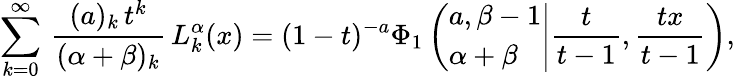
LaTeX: \begin{array}{l}{\displaystyle\sum_{k=0}^{\infty}\, \frac{(a)_{k}\, t^{k}}{(\alpha+\beta)_{k}}\, L_{k}^{\alpha}(x)=(1-t)^{-a}\Phi_{1}\left(\left.\begin{array}{l}{a,\beta-1}\\ {\alpha+\beta}\end{array}\right|\frac t{t-1},\frac{tx}{t-1}\right),}\end{array}